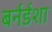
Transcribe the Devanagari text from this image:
बर्नर्डशा